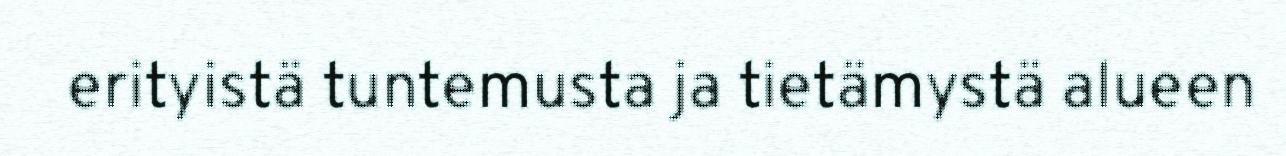
erityistä tuntemusta ja tietämystä alueen